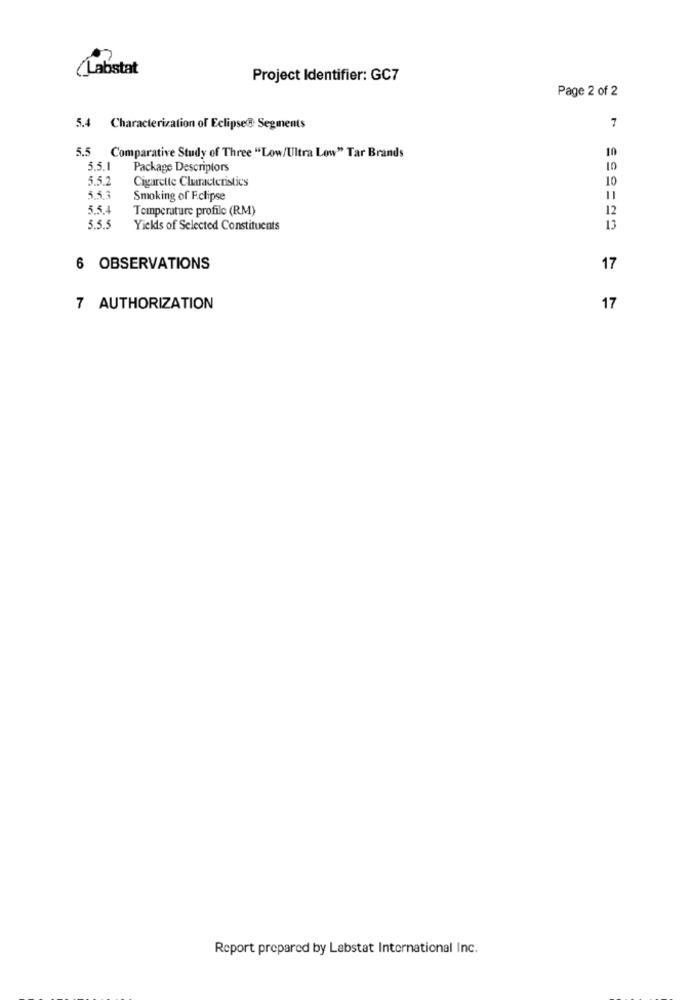
(Labstat
Project Identifier: GC7
Page 2 of 2
5.4 Characterization of Eclipse@ Segments
7
10
5.5 Comparative Study of Three "Low/Ultra Low" Tar Brands
5.5.1
Package Descriptors
10
5.5.2
Cigarette Cluracteristics
10
5.5.3
Smoking of Eclipse
11
5.5.4
Temperature profile (RM)
12
5.5.5
Yields of Selected Constituents
13
6 OBSERVATIONS
17
7 AUTHORIZATION
17
Report prepared by Labstat International Inc.